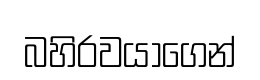
බහිරවයාගෙන්